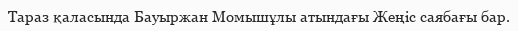
Тараз қаласында Бауыржан Момышұлы атындағы Жеңіс саябағы бар.